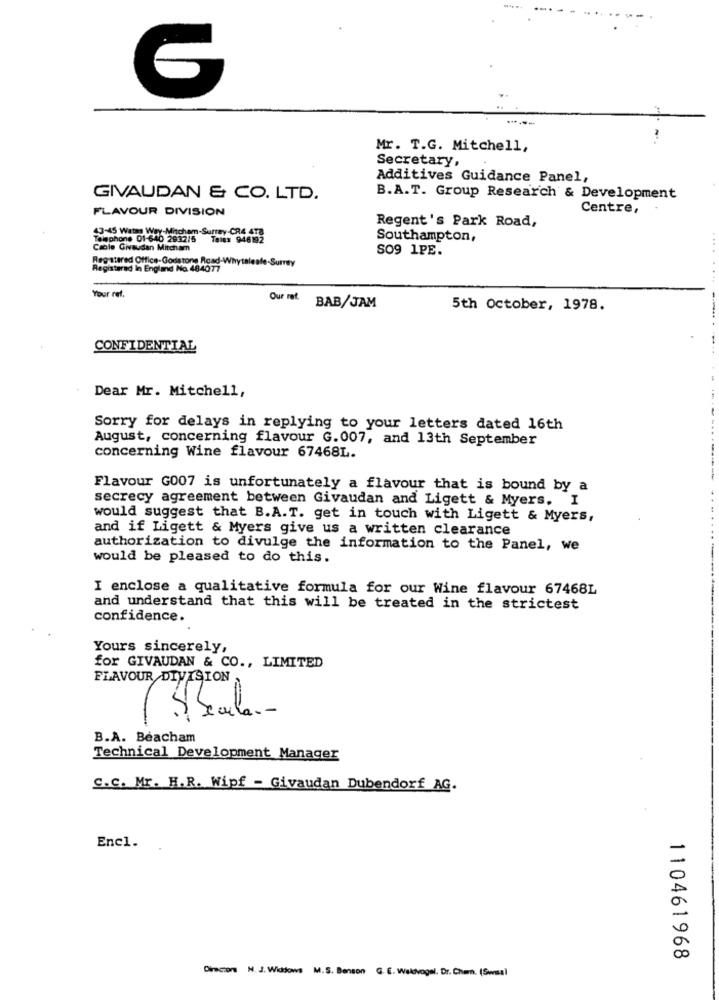
6
-----
Mr. T.G. Mitchell,
Secretary,
Additives Guidance Panel,
GIVAUDAN & CO. LTD.
B.A.T. Group Research & Development
Centre,
FLAVOUR DIVISION
Regent's Park Road,
43-45 Watt Way-Mitcham-Surrey CRA 4TB
Telephone 01-640 2932/5 Teles 946192
Southampton,
Cable Givaudan Mitcham
SO9 1PE.
Registered Office-Godstone Road-Whvytaleafe-Surrey
Registered In England Na 484077
Your ref.
Our rof. BAB/JAM
5th October, 1978.
CONFIDENTIAL
Dear Mr. Mitchell,
Sorry for delays in replying to your letters dated 16th
August, concerning flavour G. 007, and 13th September
concerning Wine flavour 67468L.
----
Flavour G007 is unfortunately a flavour that is bound by a
secrecy agreement between Givaudan and Ligett & Myers. I
would suggest that B.A.T. get in touch with Ligett & Myers,
and if Ligett & Myers give us a written clearance
authorization to divulge the information to the Panel, we
would be pleased to do this.
I enclose a qualitative formula for our Wine flavour 67468L
and understand that this will be treated in the strictest
confidence.
Yours sincerely,
for GIVAUDAN & CO ., LIMITED
FLAVOUR DIVISION
B.A. Beacham
Technical Development Manager
C.C. Mr. H.R. Wipf - Givaudan Dubendorf AG.
Encl.
110461968
Direcion N. J. Widdows M.S. Benson G. E. Walvogel. Dr. Cham. (Swasal